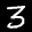
Label: 3